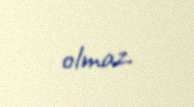
olmaz.